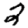
Digit: 2